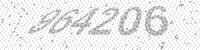
Solution: 964206